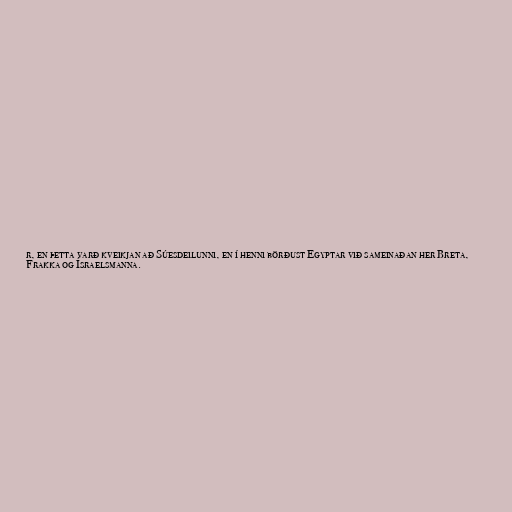
r, en þetta varð kveikjan að Súesdeilunni, en í henni börðust Egyptar við sameinaðan her Breta,
Frakka og Ísraelsmanna.